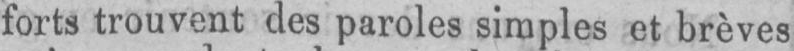
forts trouvent des paroles simples et brèves